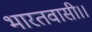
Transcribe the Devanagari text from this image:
भारतवासी।।